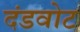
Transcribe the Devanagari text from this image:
दंडवोट